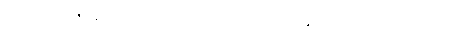
၁၃၈။ ပုထုဇဉ်သော်လည်း သီလရှိလျှင် အရိယာနှင့်တူ၏၊ အပယ်မရောက်။